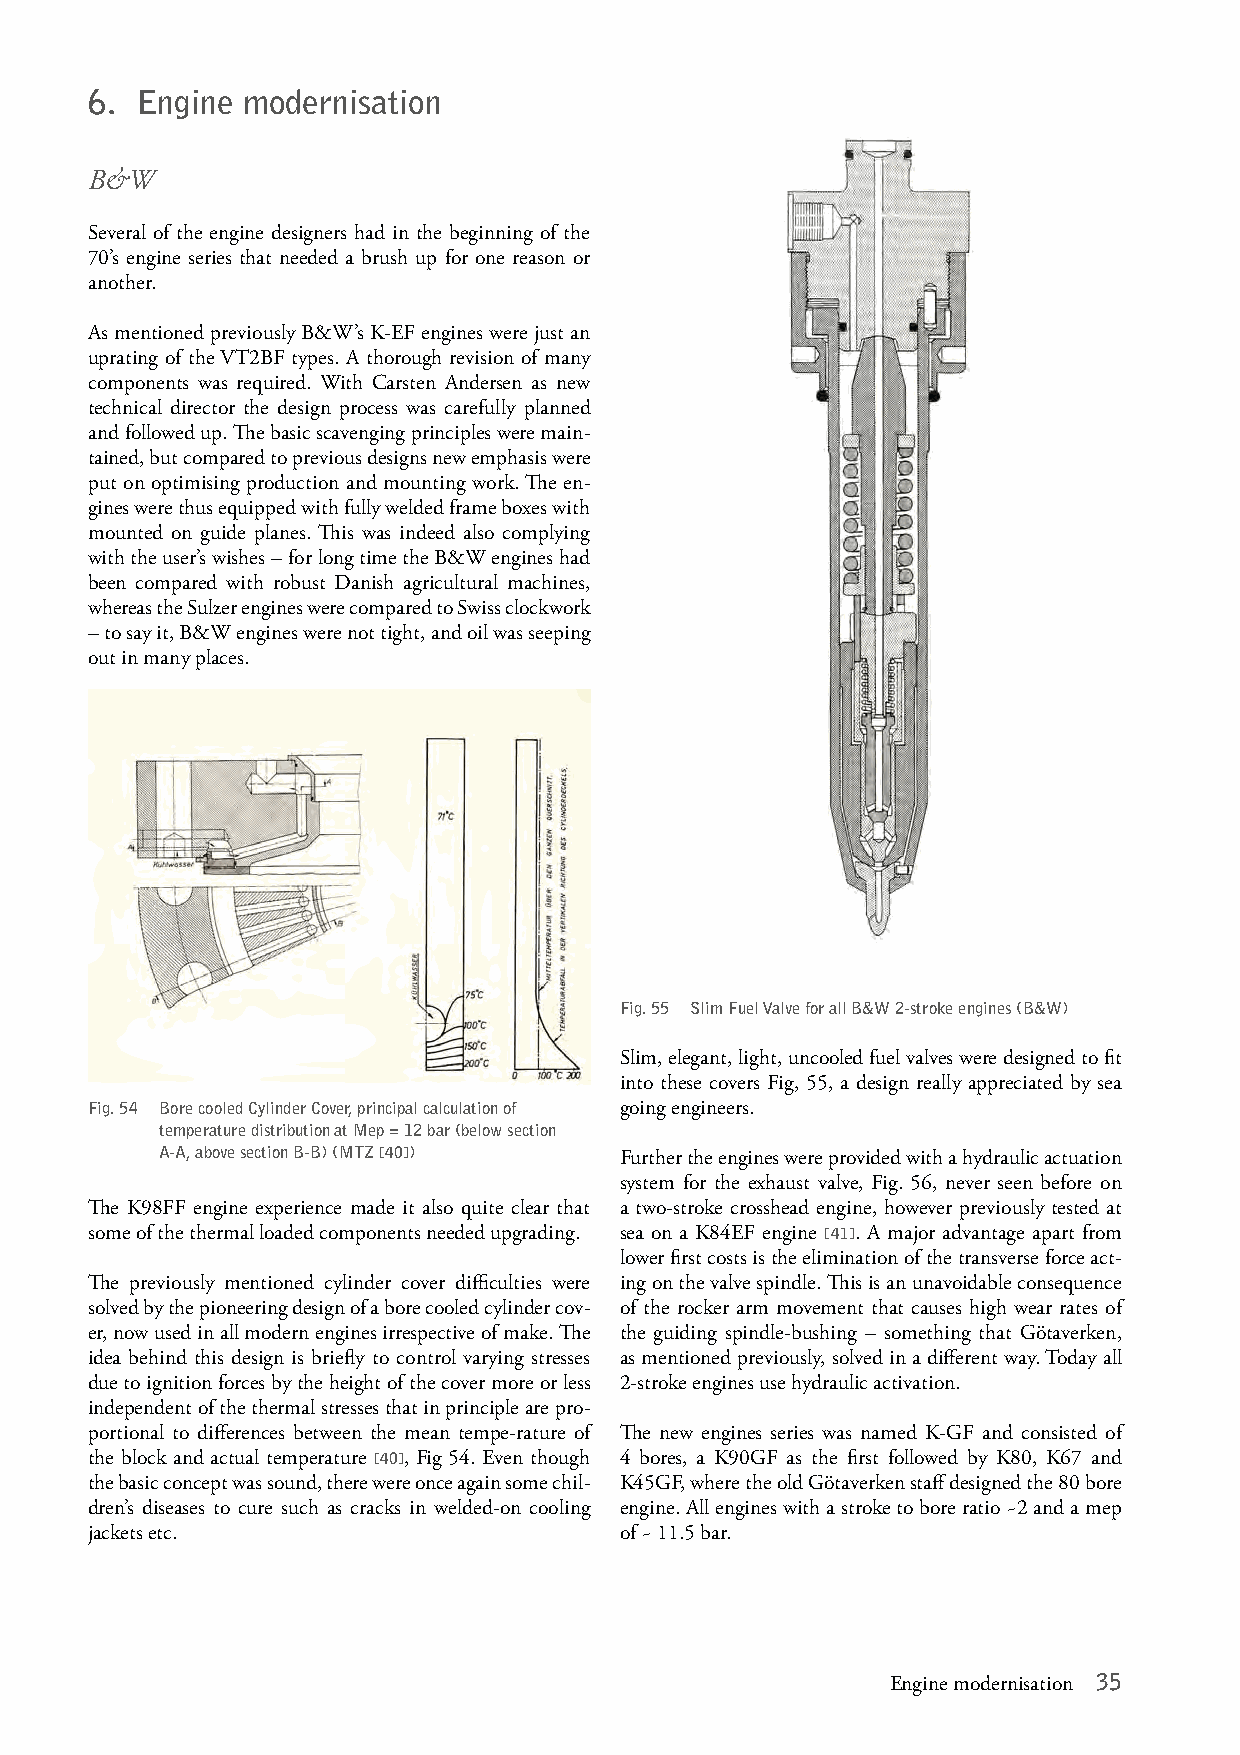
6. Engine modernisation
 B&W
 Several of the engine designers had in the beginning of the
 70’s engine series that needed a brush up for one reason or
 another.
 As mentioned previously B&W’s K-EF engines were just an
 uprating of the VT2BF types. A thorough revision of many
 components was required. With Carsten Andersen as new
 technical director the design process was carefully planned
 and followed up. The basic scavenging principles were main-
 tained, but compared to previous designs new emphasis were
 put on optimising production and mounting work. The en-
 gines were thus equipped with fully welded frame boxes with
 mounted on guide planes. This was indeed also complying
 with the user’s wishes – for long time the B&W engines had
 been compared with robust Danish agricultural machines,
 whereas the Sulzer engines were compared to Swiss clockwork
 – to say it, B&W engines were not tight, and oil was seeping
 out in many places.
 Fig. 55 Slim Fuel Valve for all B&W 2-stroke engines (B&W)
 Slim, elegant, light, uncooled fuel valves were designed to fit
 into these covers Fig, 55, a design really appreciated by sea
 Fig. 54 Bore cooled Cylinder Cover, principal calculation of going engineers.
 temperature distribution at Mep = 12 bar (below section
 A-A, above section B-B) (MTZ [40]) Further the engines were provided with a hydraulic actuation
 system for the exhaust valve, Fig. 56, never seen before on
 The K98FF engine experience made it also quite clear that a two-stroke crosshead engine, however previously tested at
 some of the thermal loaded components needed upgrading. sea on a K84EF engine [41]. A major advantage apart from
 lower first costs is the elimination of the transverse force act-
 The previously mentioned cylinder cover difficulties were ing on the valve spindle. This is an unavoidable consequence
 solved by the pioneering design of a bore cooled cylinder cov- of the rocker arm movement that causes high wear rates of
 er, now used in all modern engines irrespective of make. The the guiding spindle-bushing – something that Götaverken,
 idea behind this design is briefly to control varying stresses as mentioned previously, solved in a different way. Today all
 due to ignition forces by the height of the cover more or less 2-stroke engines use hydraulic activation.
 independent of the thermal stresses that in principle are pro-
 portional to differences between the mean tempe-rature of The new engines series was named K-GF and consisted of
 the block and actual temperature [40], Fig 54. Even though 4 bores, a K90GF as the first followed by K80, K67 and
 the basic concept was sound, there were once again some chil- K45GF, where the old Götaverken staff designed the 80 bore
 dren’s diseases to cure such as cracks in welded-on cooling engine. All engines with a stroke to bore ratio ~2 and a mep
 jackets etc.                       of ~ 11.5 bar.
 Engine modernisation 35